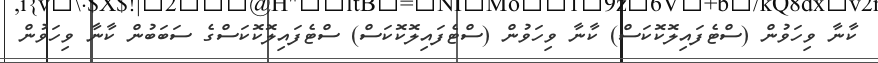
ކާނާ ވިހަވުން (ސްޓެފައިލޮކޮކަސް) ކާނާ ވިހަވުން (ސްޓެފައިލޮކޮކަސް) ސްޓެފައިލޮކޮކަސްގެ ސަބަބުން ކާނާ ވިހަވުން